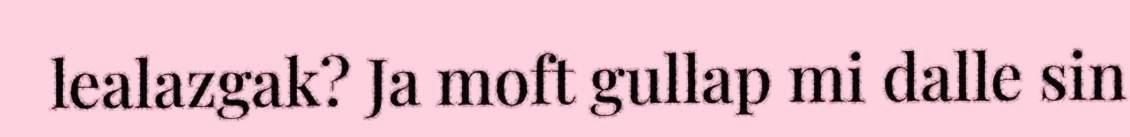
lealazgak? Ja moft gullap mi dalle sin